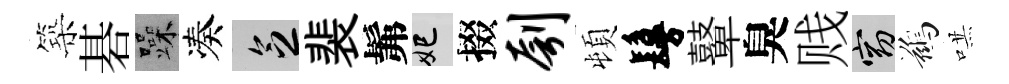
築碁躁凑乏裴髴妃掇刳頓鬘鼙臭贱窈鷀哄